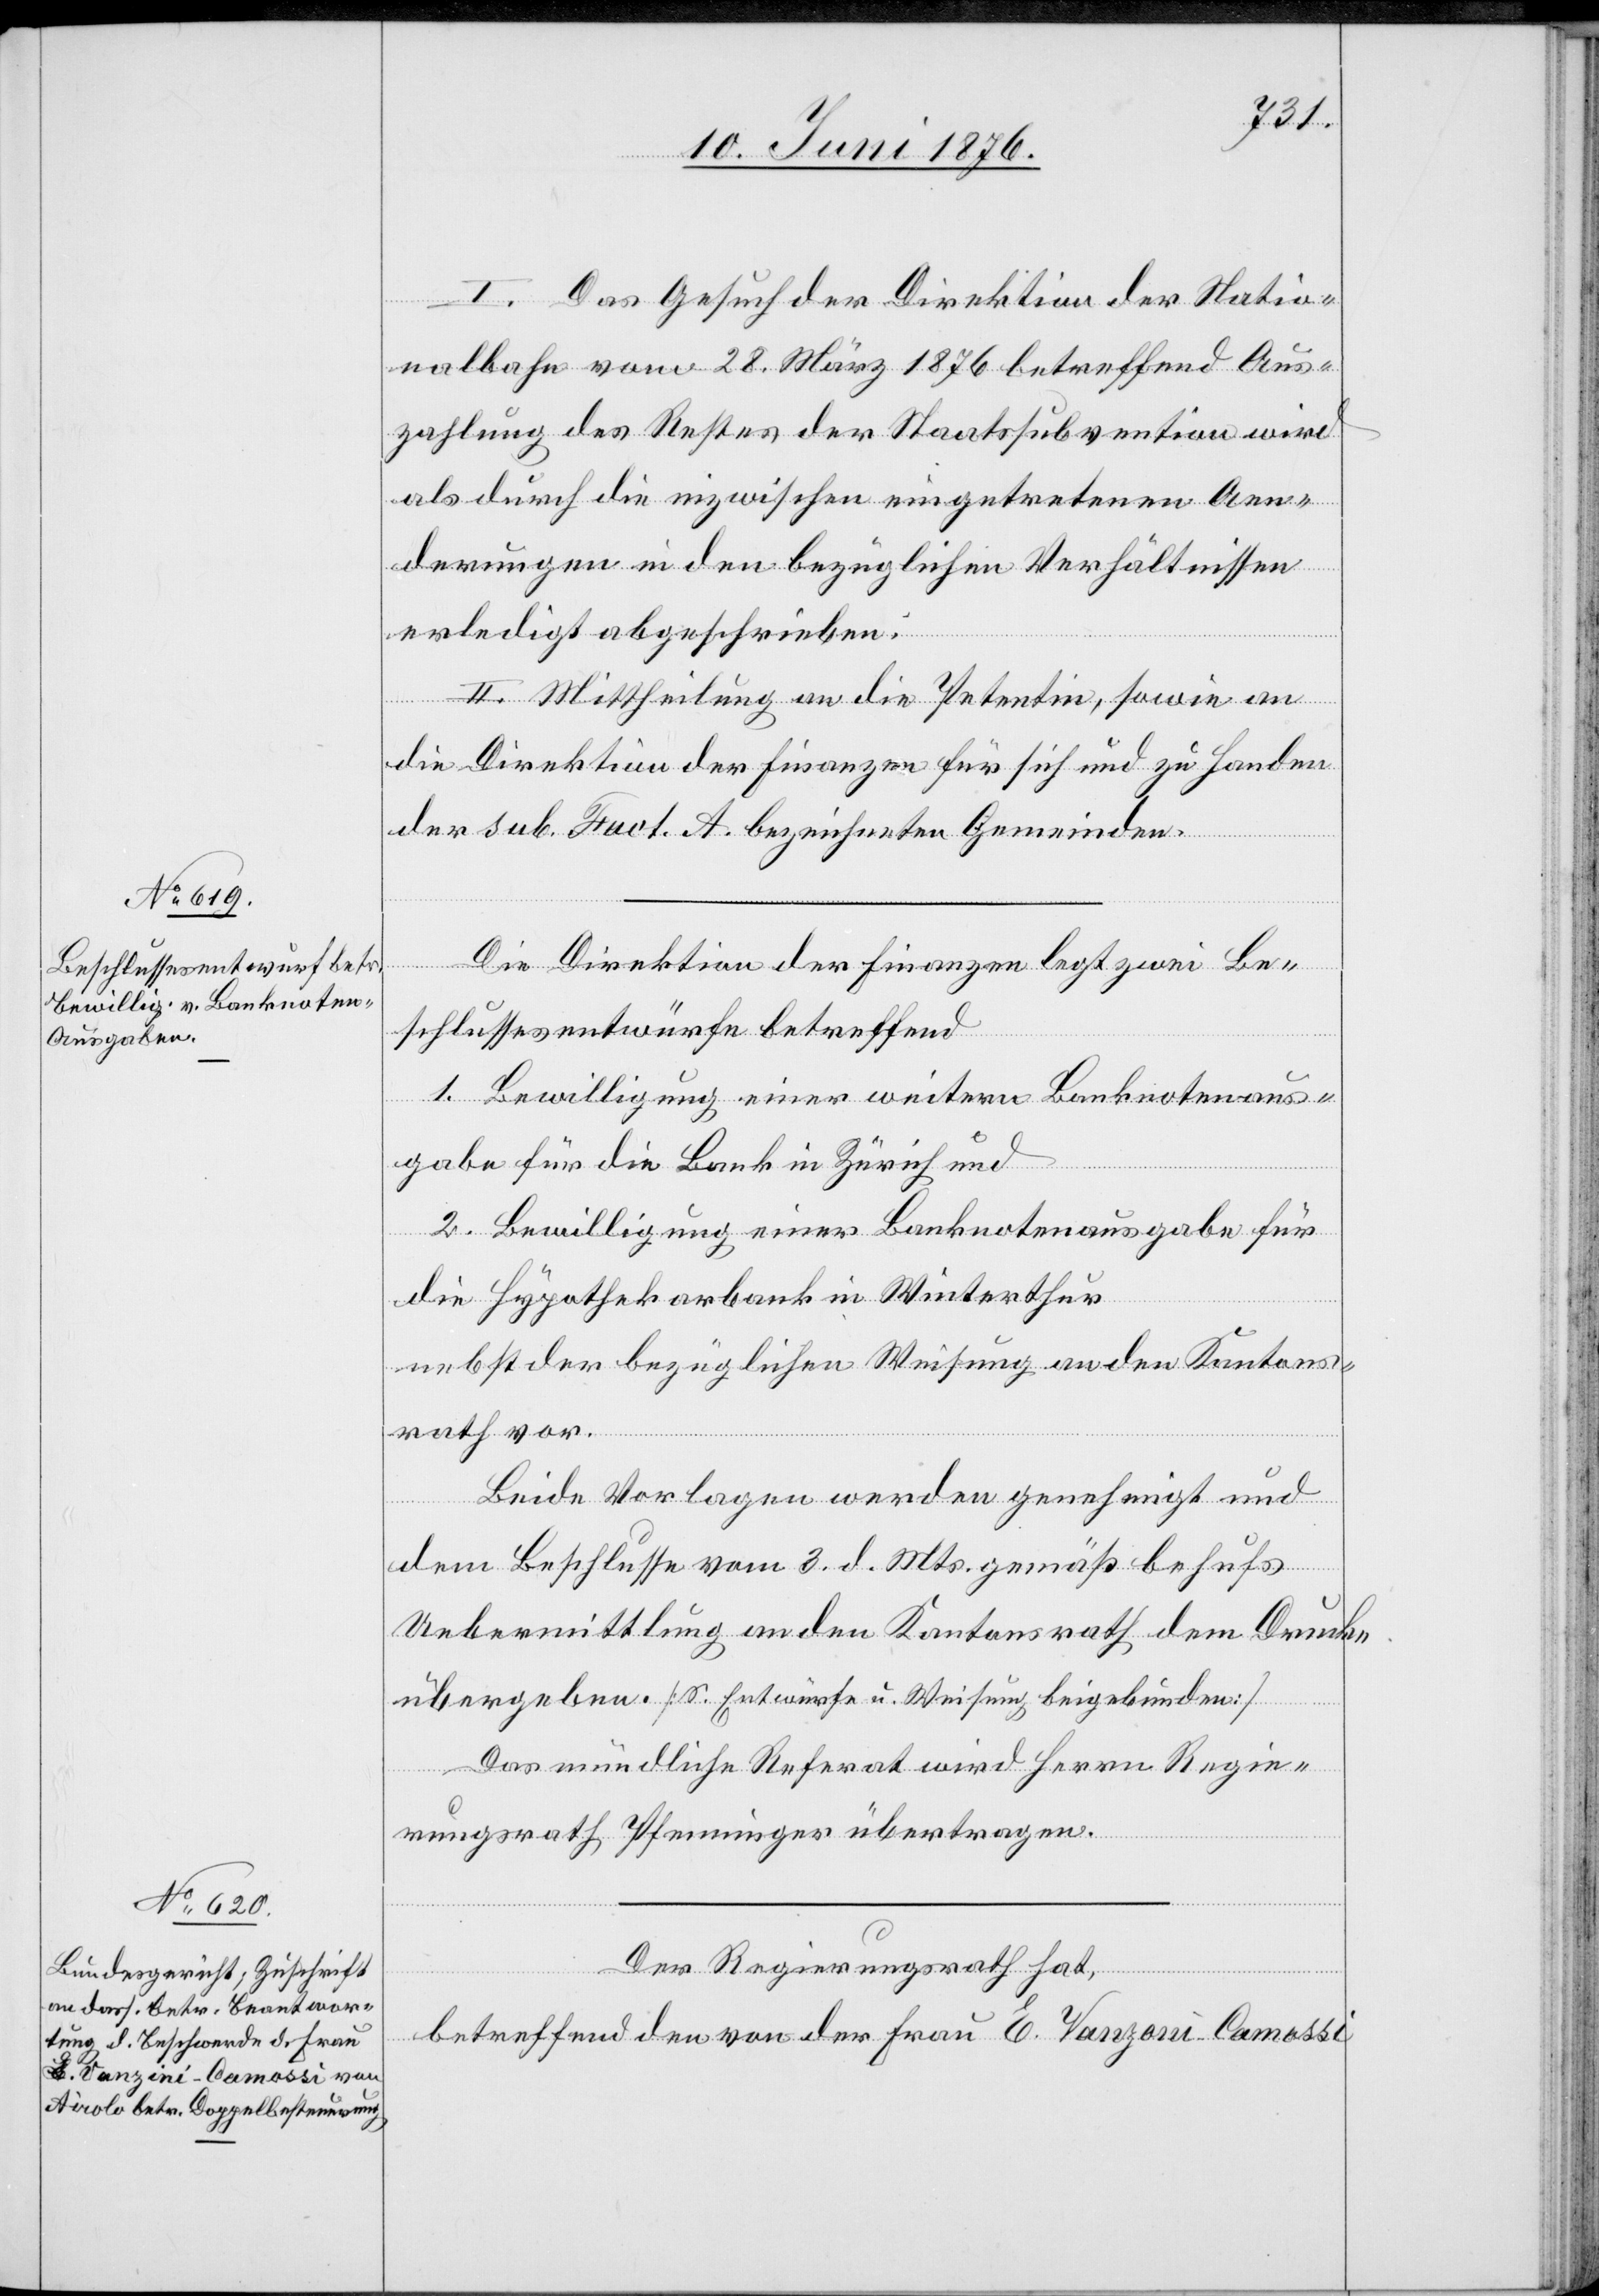
I. Das Gesuch der Direktion der Natio¬
nalbahn vom 28. März 1876 betreffend Aus¬
zahlung des Restes der Staatssubvention wird
als durch die inzwischen eingetretenen Aen¬
derungen in den bezüglichen Verhältnissen
erledigt abgeschrieben.
II. Mittheilung and die Petentin, sowie an
die Direktion der Finanzen für sich und zu Handen
der sub. Fact. A. bezeichneten Gemeinden.
Die Direktion der Finanzen legt zwei Be¬
schlussesentwürfe betreffend
1. Bewilligung einer weitern Banknotenaus¬
gabe für die Bank in Zürich und
2. Bewilligung einer Banknotenausgabe für
die Hypothekarbank in Winterthur
nebst der bezüglichen Weisung an den Kantons¬
rath vor.
Beide Vorlagen werden genehmigt und
dem Beschlusse vom 3. d. Mts. gemäß behufs
Uebermittlung an den Kantonsrath dem Drucke
übergeben. [S. Entwürfe u. Weisungen beigebunden]
Das mündliche Referat wird Herrn Regie¬
rungsrath Pfenninger übertragen.
Der Regierungsrath hat,
betreffend den von der Frau E. Vanzoni